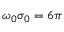
\omega _ { 0 } \sigma _ { 0 } = 6 \pi